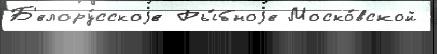
Б'елору́сскоjе Ры́бноjе Моско́вской